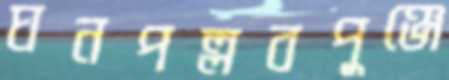
ঘনপল্লবপুঞ্জে